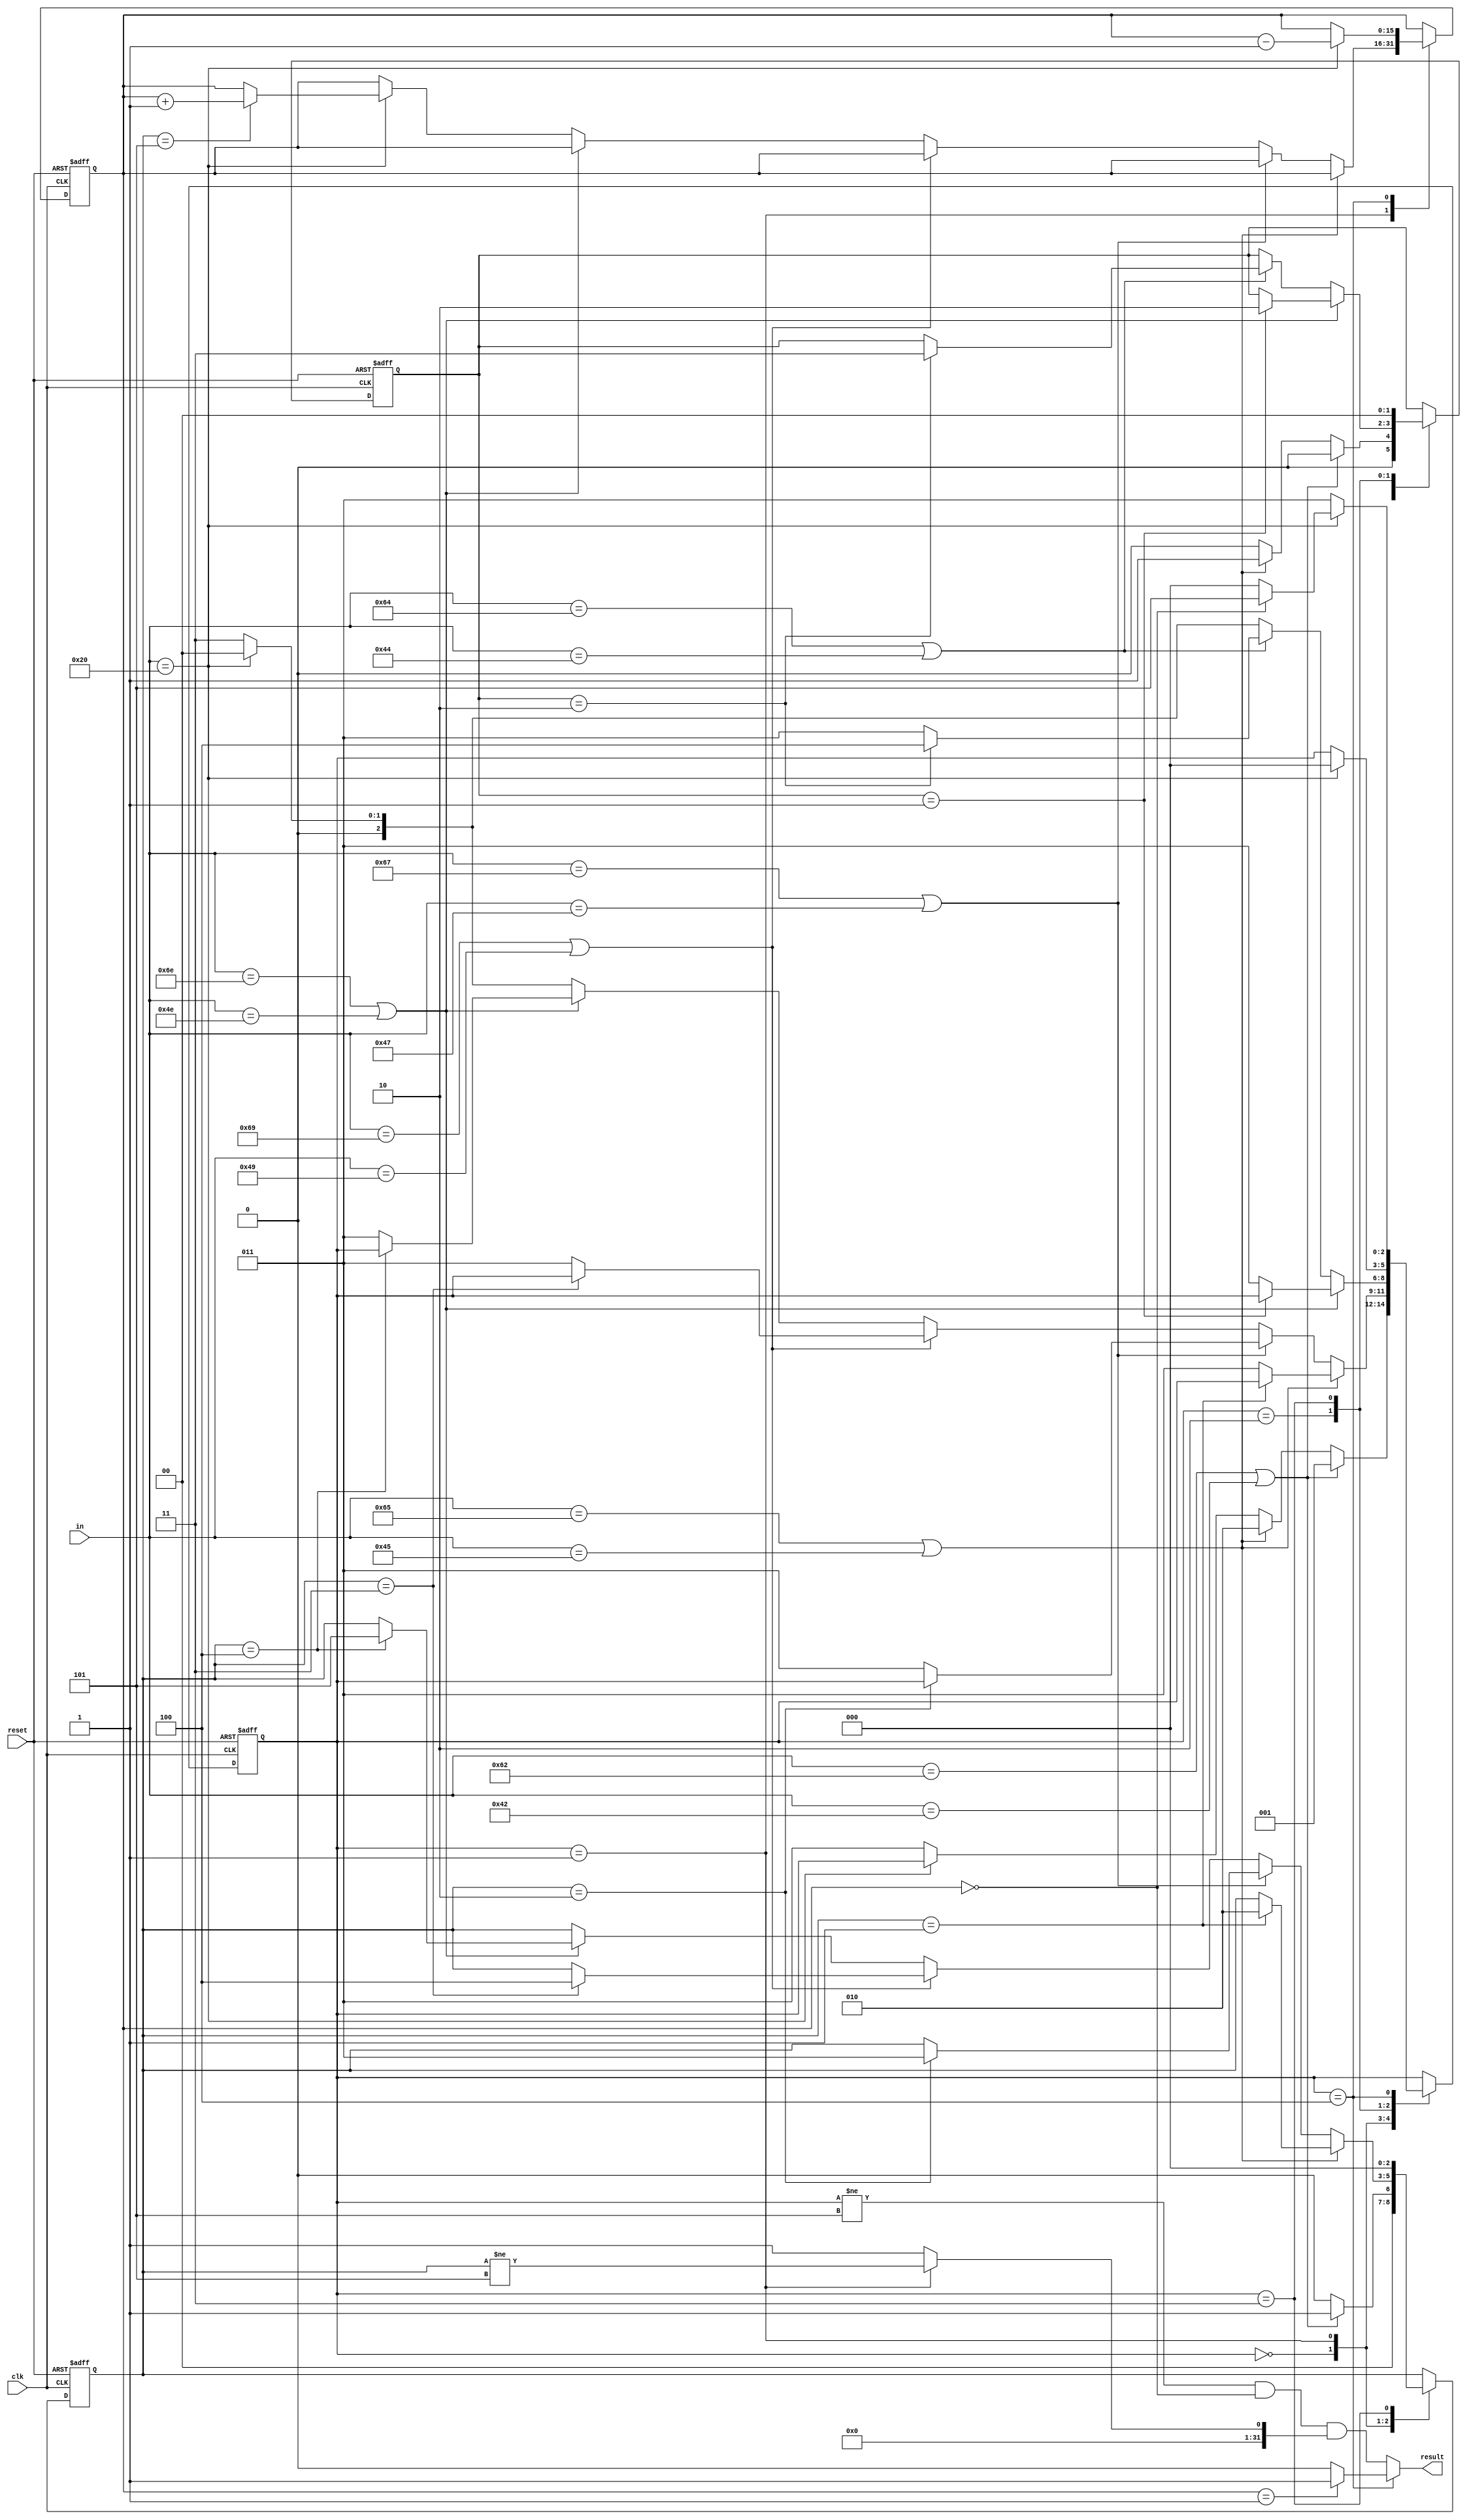
`timescale 1ns / 1ps
//////////////////////////////////////////////////////////////////////////////////
// Company: 
// Engineer: 
// 
// Design Name: 
// Module Name:    BlockChecker 
// Project Name: 
// Target Devices: 
// Tool versions: 
// Description: 
//
// Dependencies: 
//
// Revision: 
// Revision 0.01 - File Created
// Additional Comments: 
//
//////////////////////////////////////////////////////////////////////////////////
module BlockChecker(
    input clk,
    input reset,
    input [7:0] in,
    output result
    );

    reg [2:0] state;
    reg [15:0] cnt;
    reg [2:0] isBegin;
    reg [1:0] isEnd;

    parameter S0 = 3'b000, S1 = 3'b001, S2 = 3'b010, S3 = 3'b011, S4 = 3'b100, S5 = 3'b101;

    always @ (posedge clk or posedge reset) begin
        if(reset)   begin
            state   <= S0;
            cnt     <= 16'h0000;
            isBegin <= 3'b000;
            isEnd   <= 2'b00;
        end

        else    begin
            case (state)
                S0: begin
                    isBegin <= 3'b000;
                    isEnd   <= 2'b00;
                    if(in == "b" || in == "B")          begin   state <= S1;    isBegin <= 3'b001;  end
                    else if(in == "e" || in == "E")     begin   state <= S2;    isEnd <= 2'b01;     end
                    else if(in == " ")                  state <= state;
                    else                                state <= S3;
                end 

                S1: begin
                    if(in == "e" || in == "E")          begin
                        if(isBegin == 3'b001)           begin   state <= state; isBegin <= 3'b010;  end
                        else                            state <= S3; 
                    end
                    else if(in == "g" || in == "G")     begin
                        if(isBegin == 3'b010)           begin   state <= state; isBegin <= 3'b011;  end
                        else                            state <= S3;
                    end
                    else if(in == "i" || in == "I")     begin
                        if(isBegin == 3'b011)           begin   state <= state; isBegin <= 3'b100;  end
                        else                            state <= S3;
                    end
                    else if(in == "n" || in == "N")     begin
                        if(isBegin == 3'b100)           begin   state <= state; isBegin <= 3'b101;  end
                        else                            state <= S3;  
                    end
                    else if(in == " ")                  begin
                        if(isBegin == 3'b101)           cnt <= cnt + 1;
                        state <= S0;
                    end
                    else                                state <= S3;
                end

                S2: begin
                    if(in == "n" || in == "N")          begin
                        if(isEnd == 2'b01)              begin   state <= state; isEnd <= 2'b10;     end
                        else                            state <= S3;
                    end 
                    else if(in == "d" || in == "D")     begin
                        if(isEnd == 2'b10)              begin   state <= S4;    isEnd <= 2'b11;     end
                        else                            state <= S3;         
                    end
                    else if(in == " ")                  state <= S0; 
                    else                                state <= S3; 
                end

                S3: begin
                    isBegin <= 3'b000;
                    isEnd   <= 2'b00;
                    if(in == " ")   state <= S0;
                    else            state <= state;
                end

                S4: begin
                    if(in == " ")                       begin
                        if(cnt == 16'h0000)         state <= S5;
                        else                        state <= S0;
                        cnt <= cnt - 1;  
                    end
                    else                            state <= S3;
                end

                // no begin to match this end, keep result as 0
                S5:     state <= state;

                default:    state <= state; 
            endcase
        end
    end

    assign result = (state == S4) ? (cnt == 16'h0001 ? 1 : 0) 
                    :(state != S5) && (cnt == 16'h0000) && (state == S1 ? isBegin != 3'b101 : 1);

endmodule